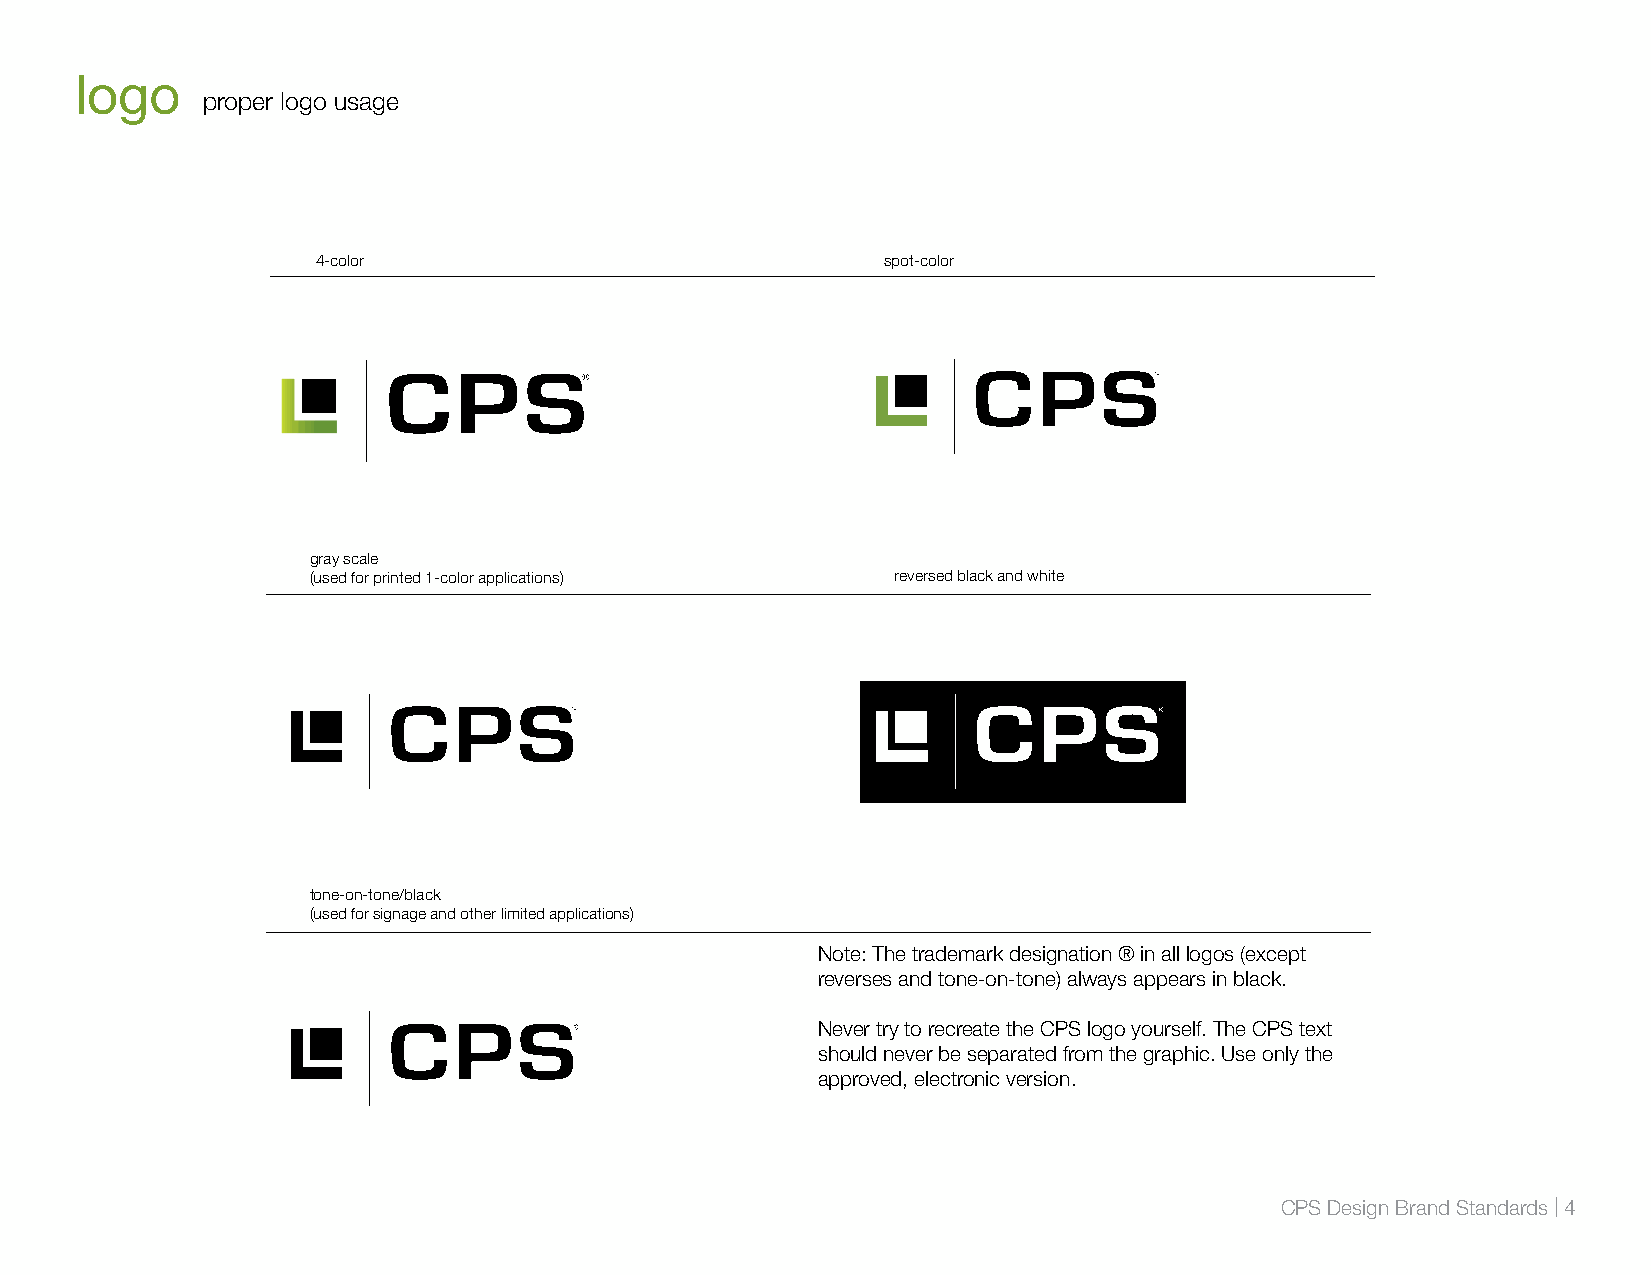
logo
 proper logo usage
 4-color                              spot-color
 gray scale
 (used for printed 1-color applications) reversed black and white
 tone-on-tone/black
 (used for signage and other limited applications)
 Note: The trademark designation ® in all logos (except
 reverses and tone-on-tone) always appears in black.
 Never try to recreate the CPS logo yourself. The CPS text
 should never be separated from the graphic. Use only the
 approved, electronic version.
 CPS Design Brand Standards | 4